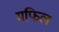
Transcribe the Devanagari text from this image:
मफिल